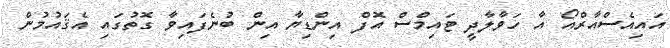
އައިއެސްއާރްއޯ އާ ހަވާލާދީ ޓައިމްސް އޮފް އިންޑިޔާ އިން ބުނެފައިވާ ގޮތުގައި އެޤައުމުން